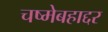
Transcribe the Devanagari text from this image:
चष्मेबहाद्दर